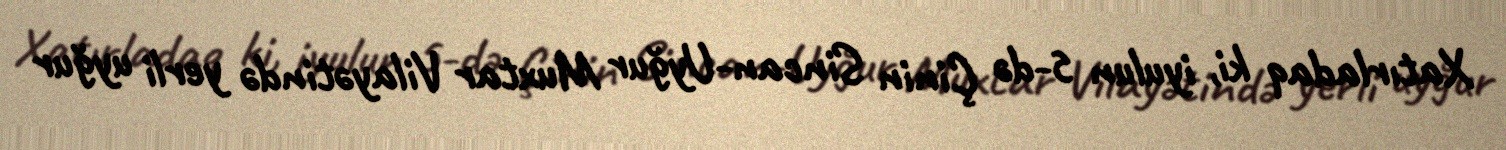
Xatırladaq ki, iyulun 5-də Çinin Sincan-Uyğur Muxtar Vilayətində yerli uyğur